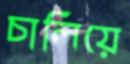
চালিয়ে